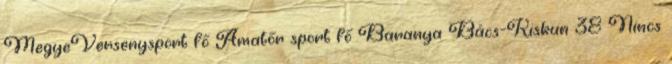
MegyeVersenysport fő Amatőr sport fő Baranya Bács-Kiskun 38 Nincs